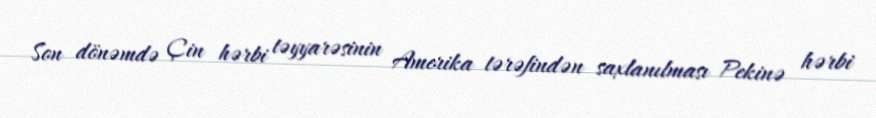
Son dönəmdə Çin hərbi təyyarəsinin Amerika tərəfindən saxlanılması Pekinə hərbi